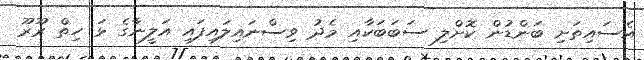
އެސައިތަށި ބަންޑުން ކޮށްލި ސަބަބަކާއި މެދު ވިސްނައިލައިފައި އަލީނާގެ ޅަ ހިތް ރޫރޫ